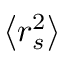
\left< r _ { s } ^ { 2 } \right>